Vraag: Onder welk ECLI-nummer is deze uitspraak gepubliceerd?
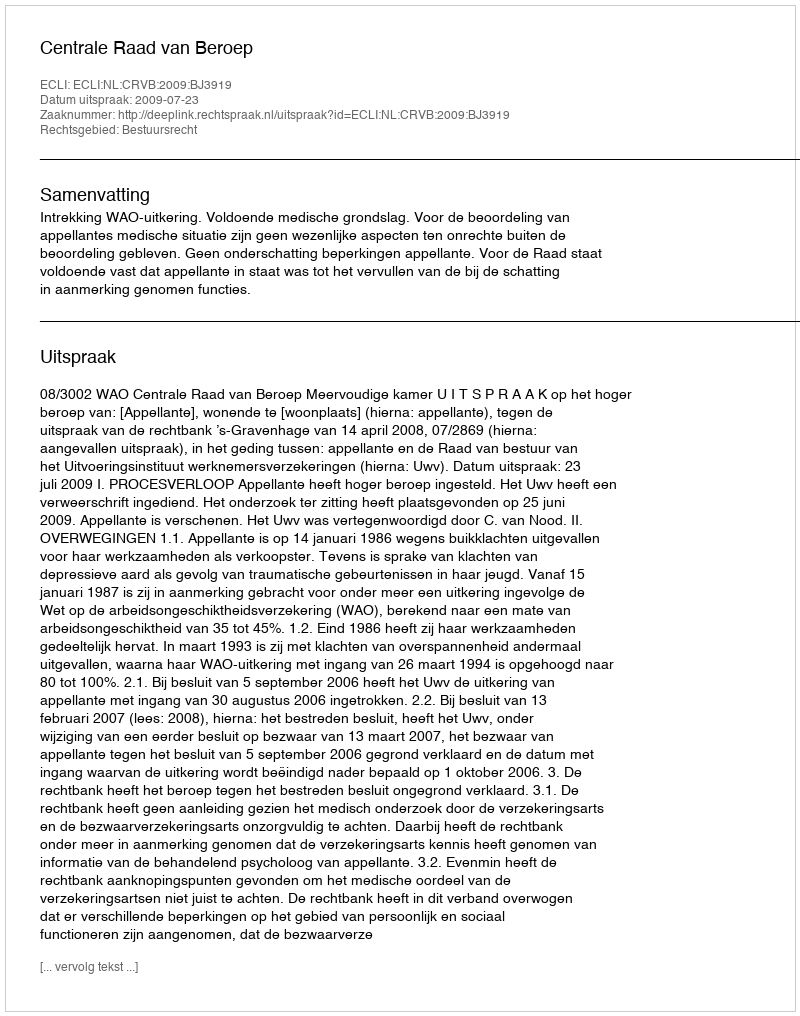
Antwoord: ECLI:NL:CRVB:2009:BJ3919